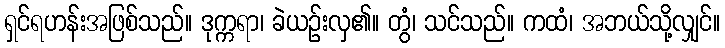
ရှင်ရဟန်းအဖြစ်သည်။ ဒုက္ကရာ၊ ခဲယဉ်းလှ၏။ တွံ၊ သင်သည်။ ကထံ၊ အဘယ်သို့လျှင်။